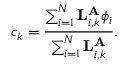
c _ { k } = \frac { \sum _ { i = 1 } ^ { N } { \bf L } _ { i , k } ^ { { \bf A } } \phi _ { i } } { \sum _ { i = 1 } ^ { N } { \bf L } _ { i , k } ^ { { \bf A } } } .